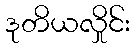
ဒုတိယလှိုင်း